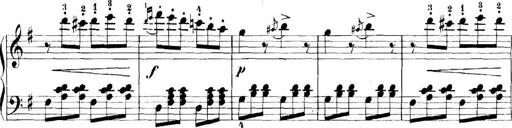
Title: 11 Sonatinas
Composer: Anton Diabelli